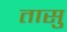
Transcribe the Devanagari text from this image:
तासु